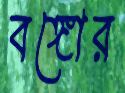
বঙ্গোর